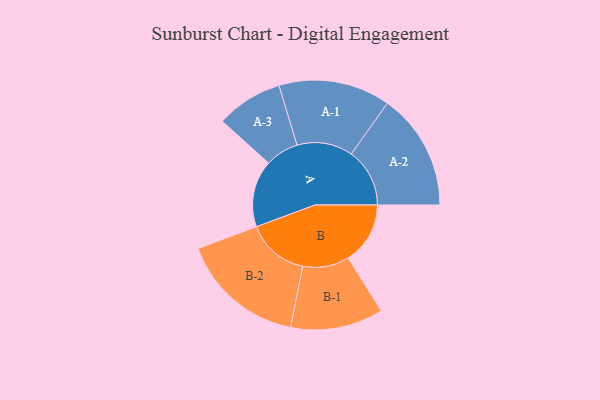
{"axis": {"x": "Segment", "y": "Value"}, "legend": ["", "A", "B"], "data": [{"x": "A", "y": 317, "type": ""}, {"x": "B", "y": 294, "type": ""}, {"x": "A-1", "y": 265, "type": "A"}, {"x": "A-2", "y": 277, "type": "A"}, {"x": "A-3", "y": 158, "type": "A"}, {"x": "B-1", "y": 220, "type": "B"}, {"x": "B-2", "y": 296, "type": "B"}]}